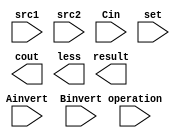
/***************************************************
Student Name: Ia
Student ID: 0716241
***************************************************/
`timescale 1ns/1ps

module ALU_1bit(
	input				src1,       //1 bit source 1  (input)
	input				src2,       //1 bit source 2  (input)
	input 			Cin,        //1 bit carry in  (input)
	input				set,			//1 bit for slt   (input)	
	input 			Ainvert,    //1 bit A_invert  (input)
	input				Binvert,    //1 bit B_invert  (input)

	input  [2-1:0] operation,  //2 bit operation (input)
	output reg     result,     //1 bit result    (output)
	output reg     cout,       //1 bit carry out (output)
	output reg		less			//1 bit for slt	(output)
	);

/* Write your code HERE */

endmodule